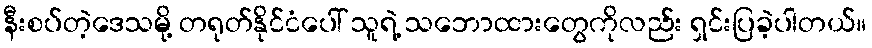
နီးစပ်တဲ့ဒေသမို့ တရုတ်နိုင်ငံပေါ် သူရဲ့ သဘောထားတွေကိုလည်း ရှင်းပြခဲ့ပါတယ်။